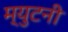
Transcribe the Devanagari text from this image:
म्युटनी